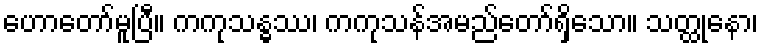
ဟောတော်မူပြီ။ ကကုသန္ဓဿ၊ ကကုသန်အမည်တော်ရှိသော။ သတ္ထုနော၊